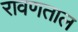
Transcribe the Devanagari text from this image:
रावणताल